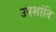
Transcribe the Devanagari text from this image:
उपशांति